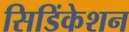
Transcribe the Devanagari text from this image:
सिडिंकेशन